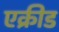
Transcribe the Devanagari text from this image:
एक्रीड